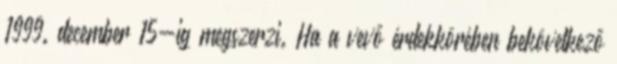
1999. december 15-ig megszerzi. Ha a vevő érdekkörében bekövetkező